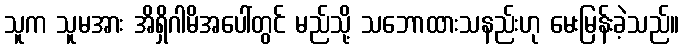
သူက သူမအား အိရှိဂါမိအပေါ်တွင် မည်သို့ သဘောထားသနည်းဟု မေးမြန်းခဲ့သည်။